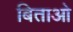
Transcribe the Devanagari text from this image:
बिताओ